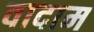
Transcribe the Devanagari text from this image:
वादाम